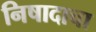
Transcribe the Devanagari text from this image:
निषादाचा